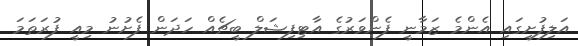
އަލިފުށީގައި އެންމެ ޒަމާނީ ފެންވަރުގެ އާޓިފިޝަލް ބީޗެއް ހަދަން ފެށުނު މިއީ ފުރަތަމަ